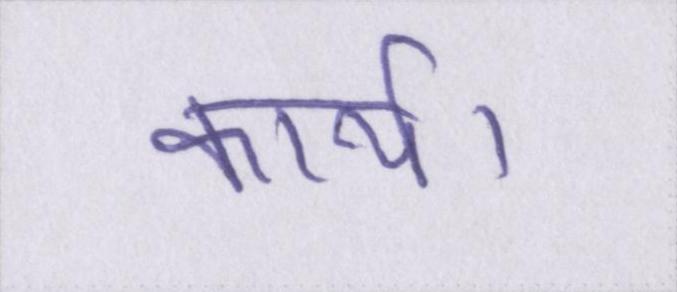
कार्य।